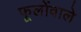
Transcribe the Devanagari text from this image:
फूलोंवाले